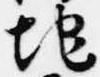
地